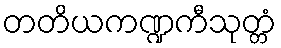
တတိယကဏ္ဍကီသုတ္တံ